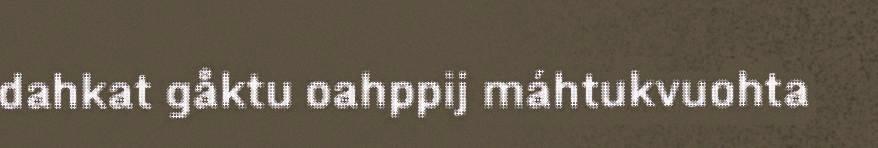
dahkat gåktu oahppij máhtukvuohta